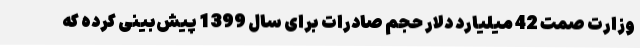
وزارت صمت 42 میلیارد دلار حجم صادرات برای سال 1399 پیش‌بینی کرده که